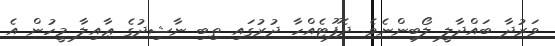
ވަރުދާ ބައްދާލީ ލޯބިންނެވެ. ދެފޫޓެއްހާ ދުރުގައި ތިބި ނާޝިދުގެ ޢާއިލާ މީހުން އެ